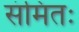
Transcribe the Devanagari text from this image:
संमितः